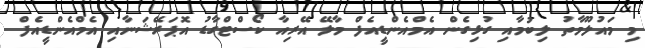
މި މައުލޫމާތު ލިބުމާއި ގުޅިގެން އެމްއެންޑީއެފް މާލޭ އޭރިއާ ކޯސްޓްގާޑު އޮޕަރޭޝަނާއި އެމްއެންޑީއެފް